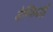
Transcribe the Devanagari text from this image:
डेम्फियाई